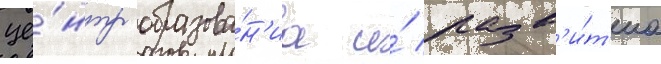
це́нтр образова́н'иа и́ разв'и́т'иа